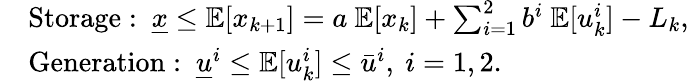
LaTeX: \begin{array}{rl}&{\mathrm{Storage:~}\underline{{x}}\leq\mathbb{E}[x_{k+1}]=a~\mathbb{E}[x_{k}]+\sum_{i=1}^{2}b^{i}~\mathbb{E}[u_{k}^{i}]-L_{k},}\\ &{\mathrm{Generation:~}\underline{{u}}^{i}\leq\mathbb{E}[u_{k}^{i}]\leq\bar{u}^{i},~i=1,2.}\end{array}